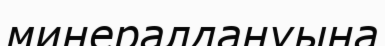
минералдануына